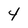
Character: 4